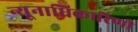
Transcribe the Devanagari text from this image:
न्यूनाधिकारिणी